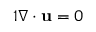
\begin{array} { r } { { 1 } \nabla \cdot \mathbf { u } = 0 } \end{array}